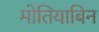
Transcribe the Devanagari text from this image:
मोतियाबिन